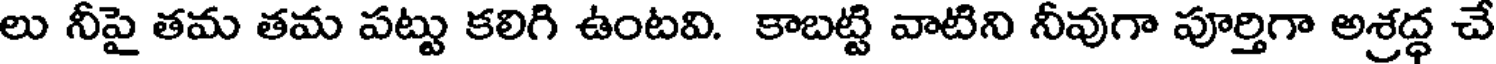
లు నీపై తమ తమ పట్టు కలిగి ఉంటవి. కాబట్టి వాటిని నీవుగా పూర్తిగా అశ్రద్ధ చే